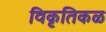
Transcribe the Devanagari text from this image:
विकृतिकळ